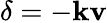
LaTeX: \delta=-\mathbf{k}\mathbf{v}